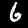
Label: 6